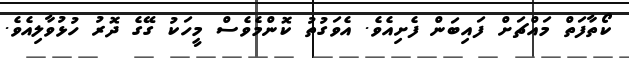
ކޯތާފަތް މައްޗަށް ފައިބަން ފެށިއެވެ. އެވަގުތު ކޮންމެވެސް މީހަކު ގޭގެ ދޮރު ހުޅުވާލިއެވެ.